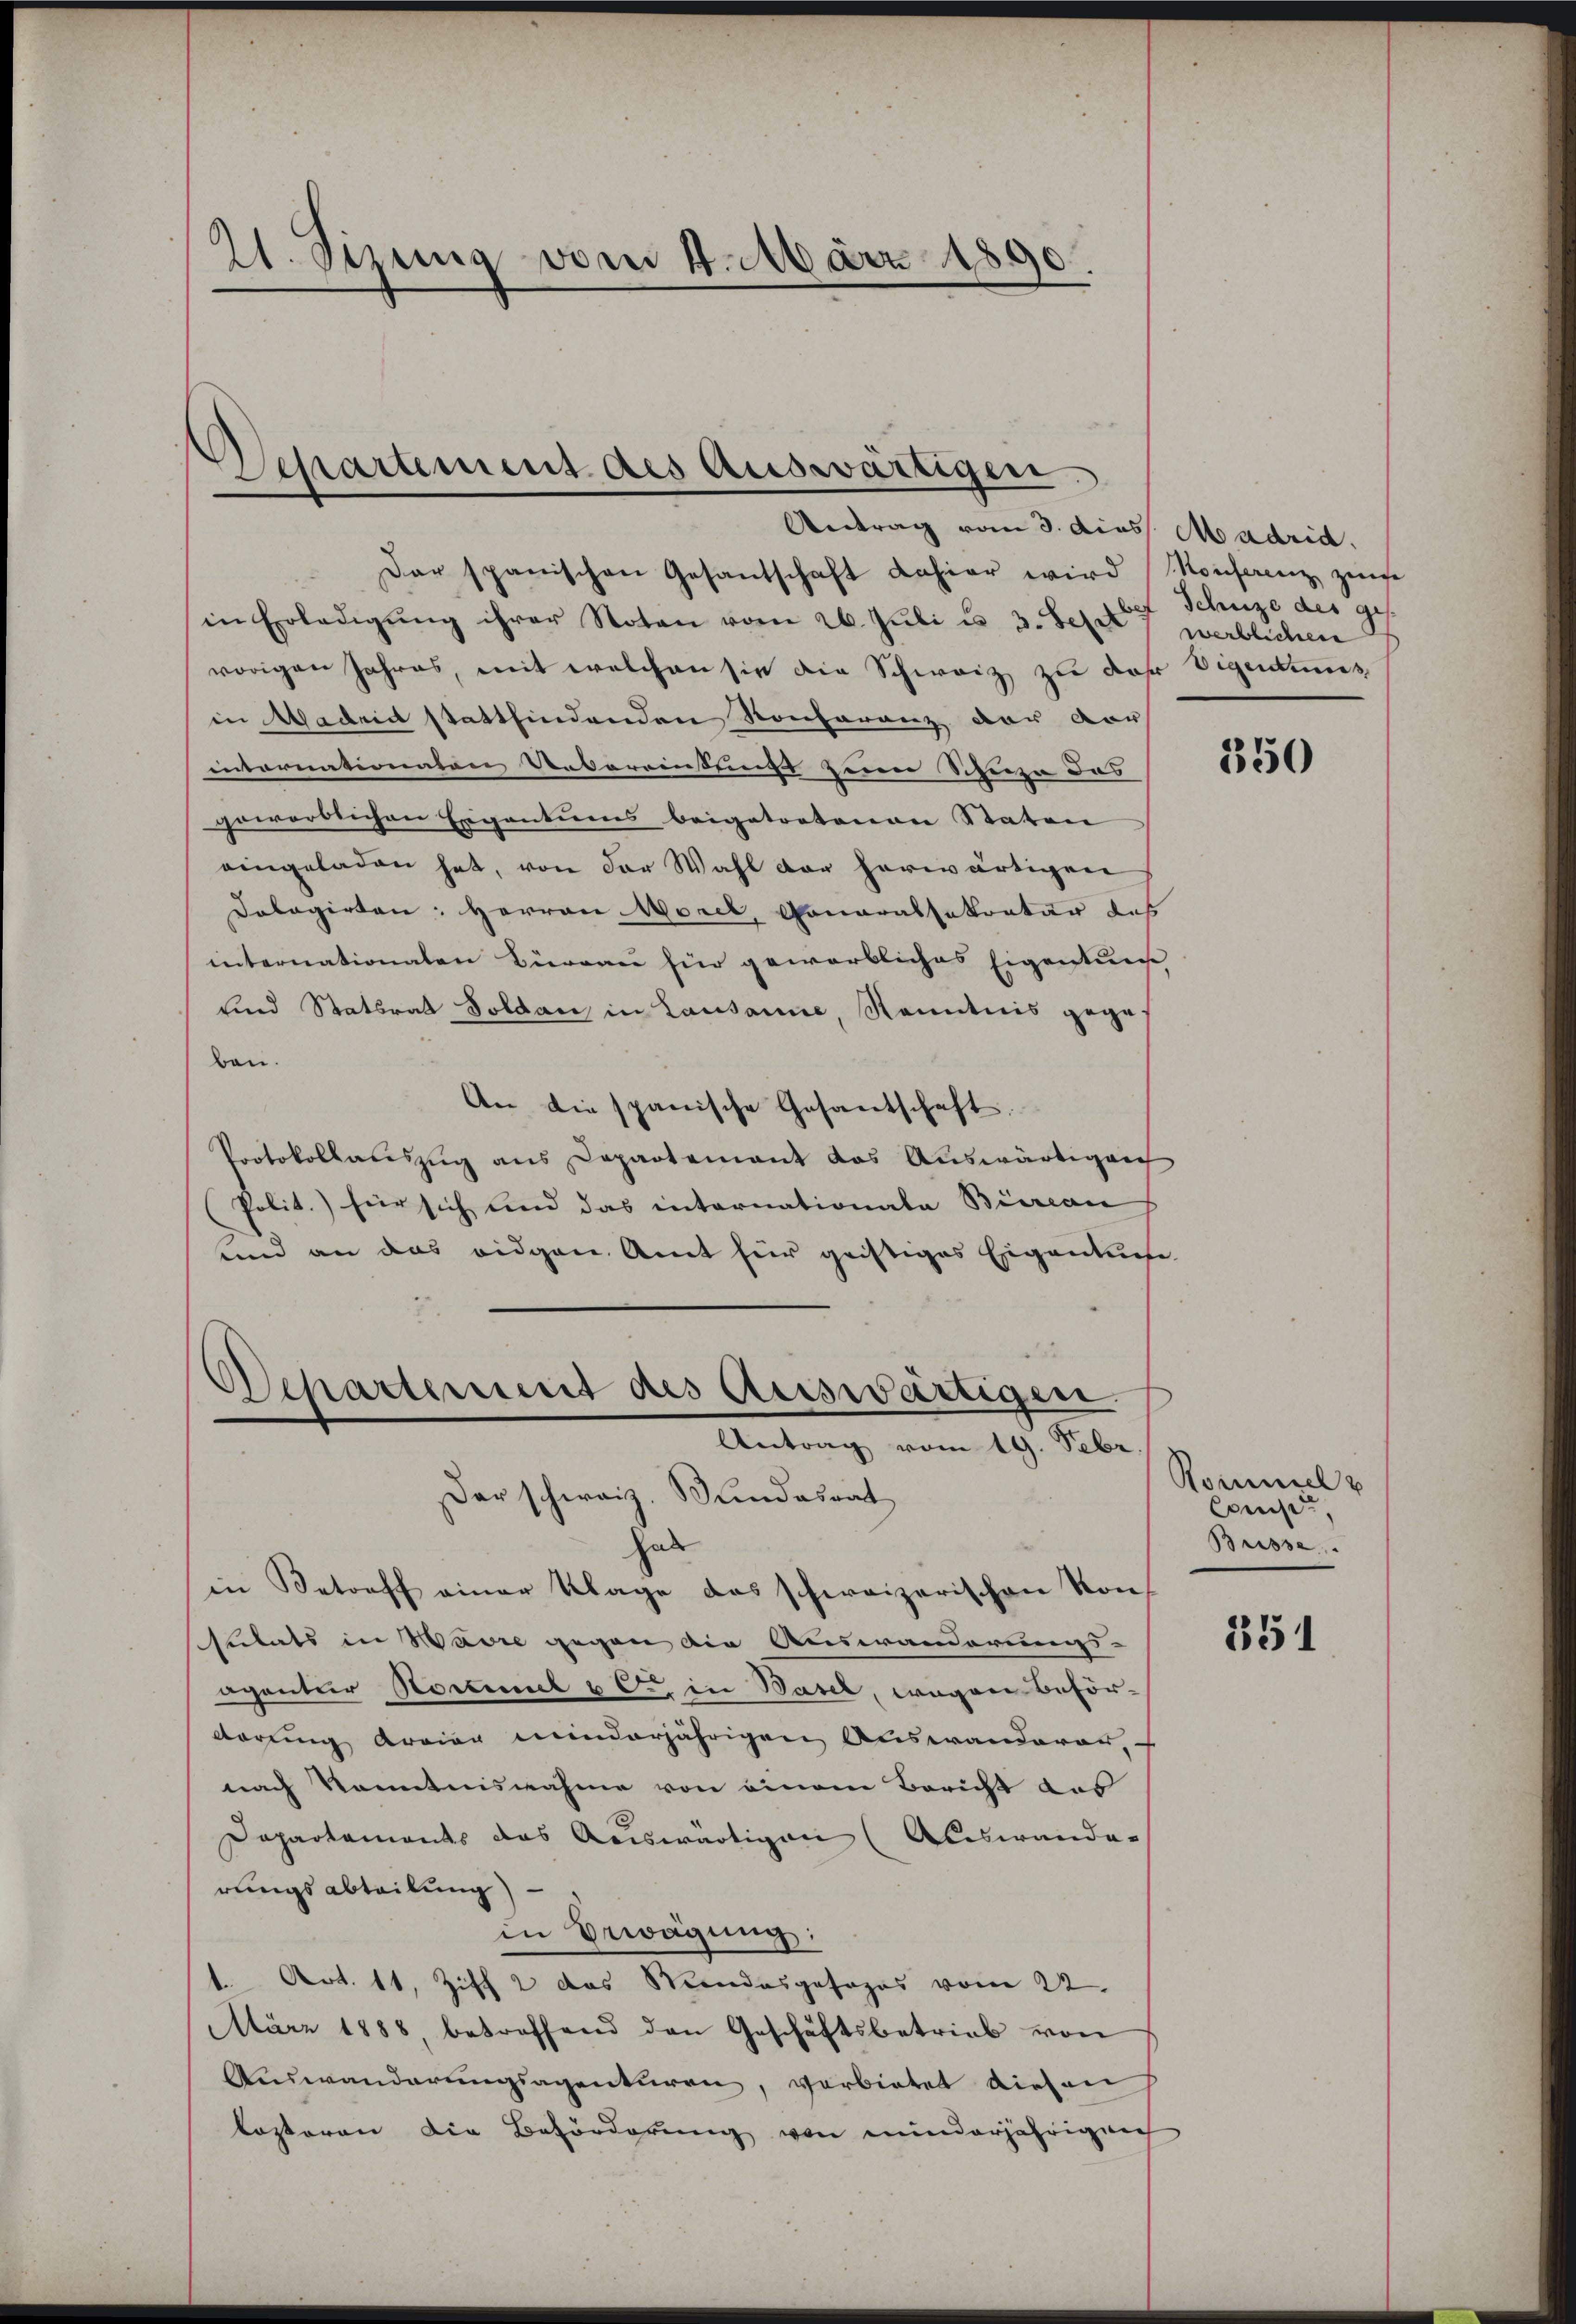
21. Sizung vom 4. März 1890.

Departement des Auswärtigen
Antrag vom 3. dies Madrid.

Dar spanischen Gesantschaft Lahier wird Monferenz zum
in Erledigŭng ihrer Noten vom 26. Jŭli u. 3. Sept 7 werblichen
vorigen Jahres, mit welchen sie die Schweiz zu daher Eigendums
in Madrirt stattfindenden Konferenz der vor
intornationaten Uebereinkungs zum Schuze das
gewörtlichen Eigentums beigetretenen Staten |
eingeladen hat, von der Wahl der herwärtigen
Dolagirten: Herren Morel, Monarassekretär des
internationaten Büreau für geworbliches Eigentum
und Statsrat Soldau in Lausanne, Kenntnis gege
ben.
An die spanische Gesantschaft.
Protokollauszug aus Departement das Auswärtigen
Polit.) für sich und das internationata Biccan
Und an das eidgen. Amt für geistiges Eigentuese
Departement des Auswärtigen.
Antrag vom 19. Febr
Der schweiz. Kundesrat
hab
in Betreff einer Klage das schweizerischen Kon¬
Stitats in Havre gegen die Auswanderungs-
agantier Normal u C in Basel, wegen Beförderung arrier minderjährigen Auswanderen,
nach Kenntnisnahme von einem Bericht des
Dapartements das Auswärtigen (Auswander
rungsabteilung)
in Erwägung:
1 Art. 11, Ziff 2 das Mandesgesezes vom 22.
März 1888, betreffend den Geschäftsbetrieb von
Auswanderŭngsagenturen, verbietet diesen
losteren die Beförderung von minderjährigen

Schuze des ges.

350

Kommel
Consis,
Brisse.

351